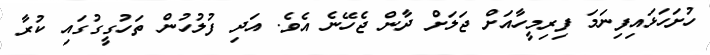
ހުށަހަޅައިފިނަމަ ފިރިމީހާއަށް ޖަލަށް ދާން ޖެހޭނެ އެވެ. އަދި ފުލުހުން ތަހުގީގުގައި ކުރާ